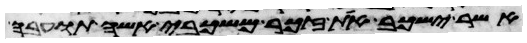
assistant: אשר ישכב את זכר משכבי אשה תועבה